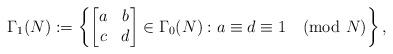
LaTeX: \begin{align*}\Gamma_{1}(N) & :=\left\{\begin{bmatrix}a & b \\c & d \end{bmatrix} \in \Gamma_0(N) : a\equiv d\equiv 1\pmod N \right\},\end{align*}